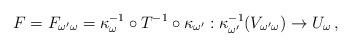
LaTeX: \begin{align*}F=F_{\omega'\omega}=\kappa^{-1}_\omega\circ T^{-1}\circ \kappa_{\omega'}:\kappa_{\omega'}^{-1}(V_{\omega'\omega}) \to U_\omega \, ,\end{align*}